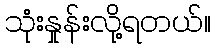
သုံးနှုန်းလို့ရတယ်။